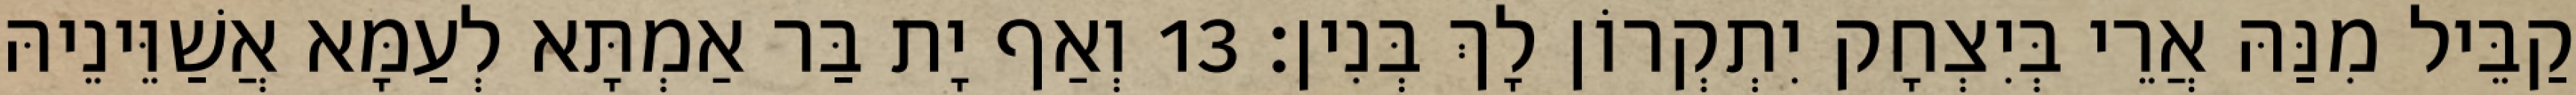
קַבֵּיל מִנַּהּ אֲרֵי בְּיִצְחָק יִתְקְרוֹן לָךְ בְּנִין׃ 13 וְאַף יָת בַּר אַמְתָּא לְעַמָּא אֲשַׁוֵּינֵיהּ